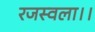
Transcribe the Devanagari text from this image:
रजस्वला।।